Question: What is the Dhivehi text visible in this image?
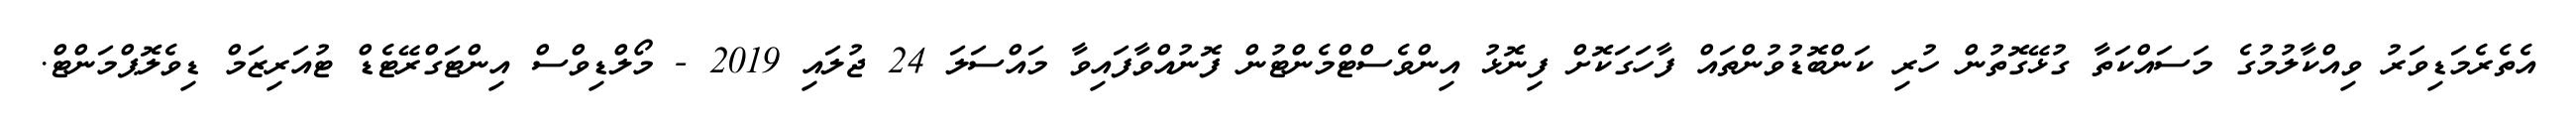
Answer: އެތެރެމަޑިވަރު ވިއްކާލުމުގެ މަސައްކަތާ ގުޅޭގޮތުން ހުރި ކަންބޮޑުވުންތައް ފާހަގަކޮށް ފިނޮޅު އިންވެސްޓްމެންޓުން ފޮނުއްވާފައިވާ މައްސަލަ 24 ޖުލައި 2019 - މޯލްޑިވްސް އިންޓަގްރޭޓެޑް ޓުއަރިޒަމް ޑިވެލޮޕްމަންޓް.